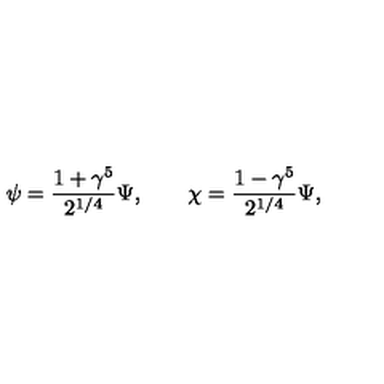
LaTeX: \psi = \frac { 1 + \gamma ^ { 5 } } { 2 ^ { 1 / 4 } } \Psi , \qquad \chi = \frac { 1 - \gamma ^ { 5 } } { 2 ^ { 1 / 4 } } \Psi ,